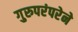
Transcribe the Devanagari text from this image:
गुरुपरंपरेने